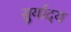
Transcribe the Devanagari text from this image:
सुर्यादय